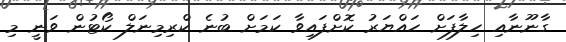
ގާނޫނާއި ހިލާފަށް ހައްޔަރު ކޮށްފައިވާ ކަމަށް ބުނެ ކްރިމިނަލް ކޯޓުން ވަނީ މި